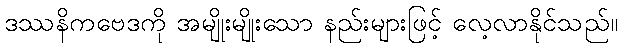
ဒဿနိကဗေဒကို အမျိုးမျိုးသော နည်းများဖြင့် လေ့လာနိုင်သည်။